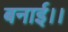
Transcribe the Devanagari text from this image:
बनाई।।